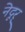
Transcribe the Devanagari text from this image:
नेदूर्